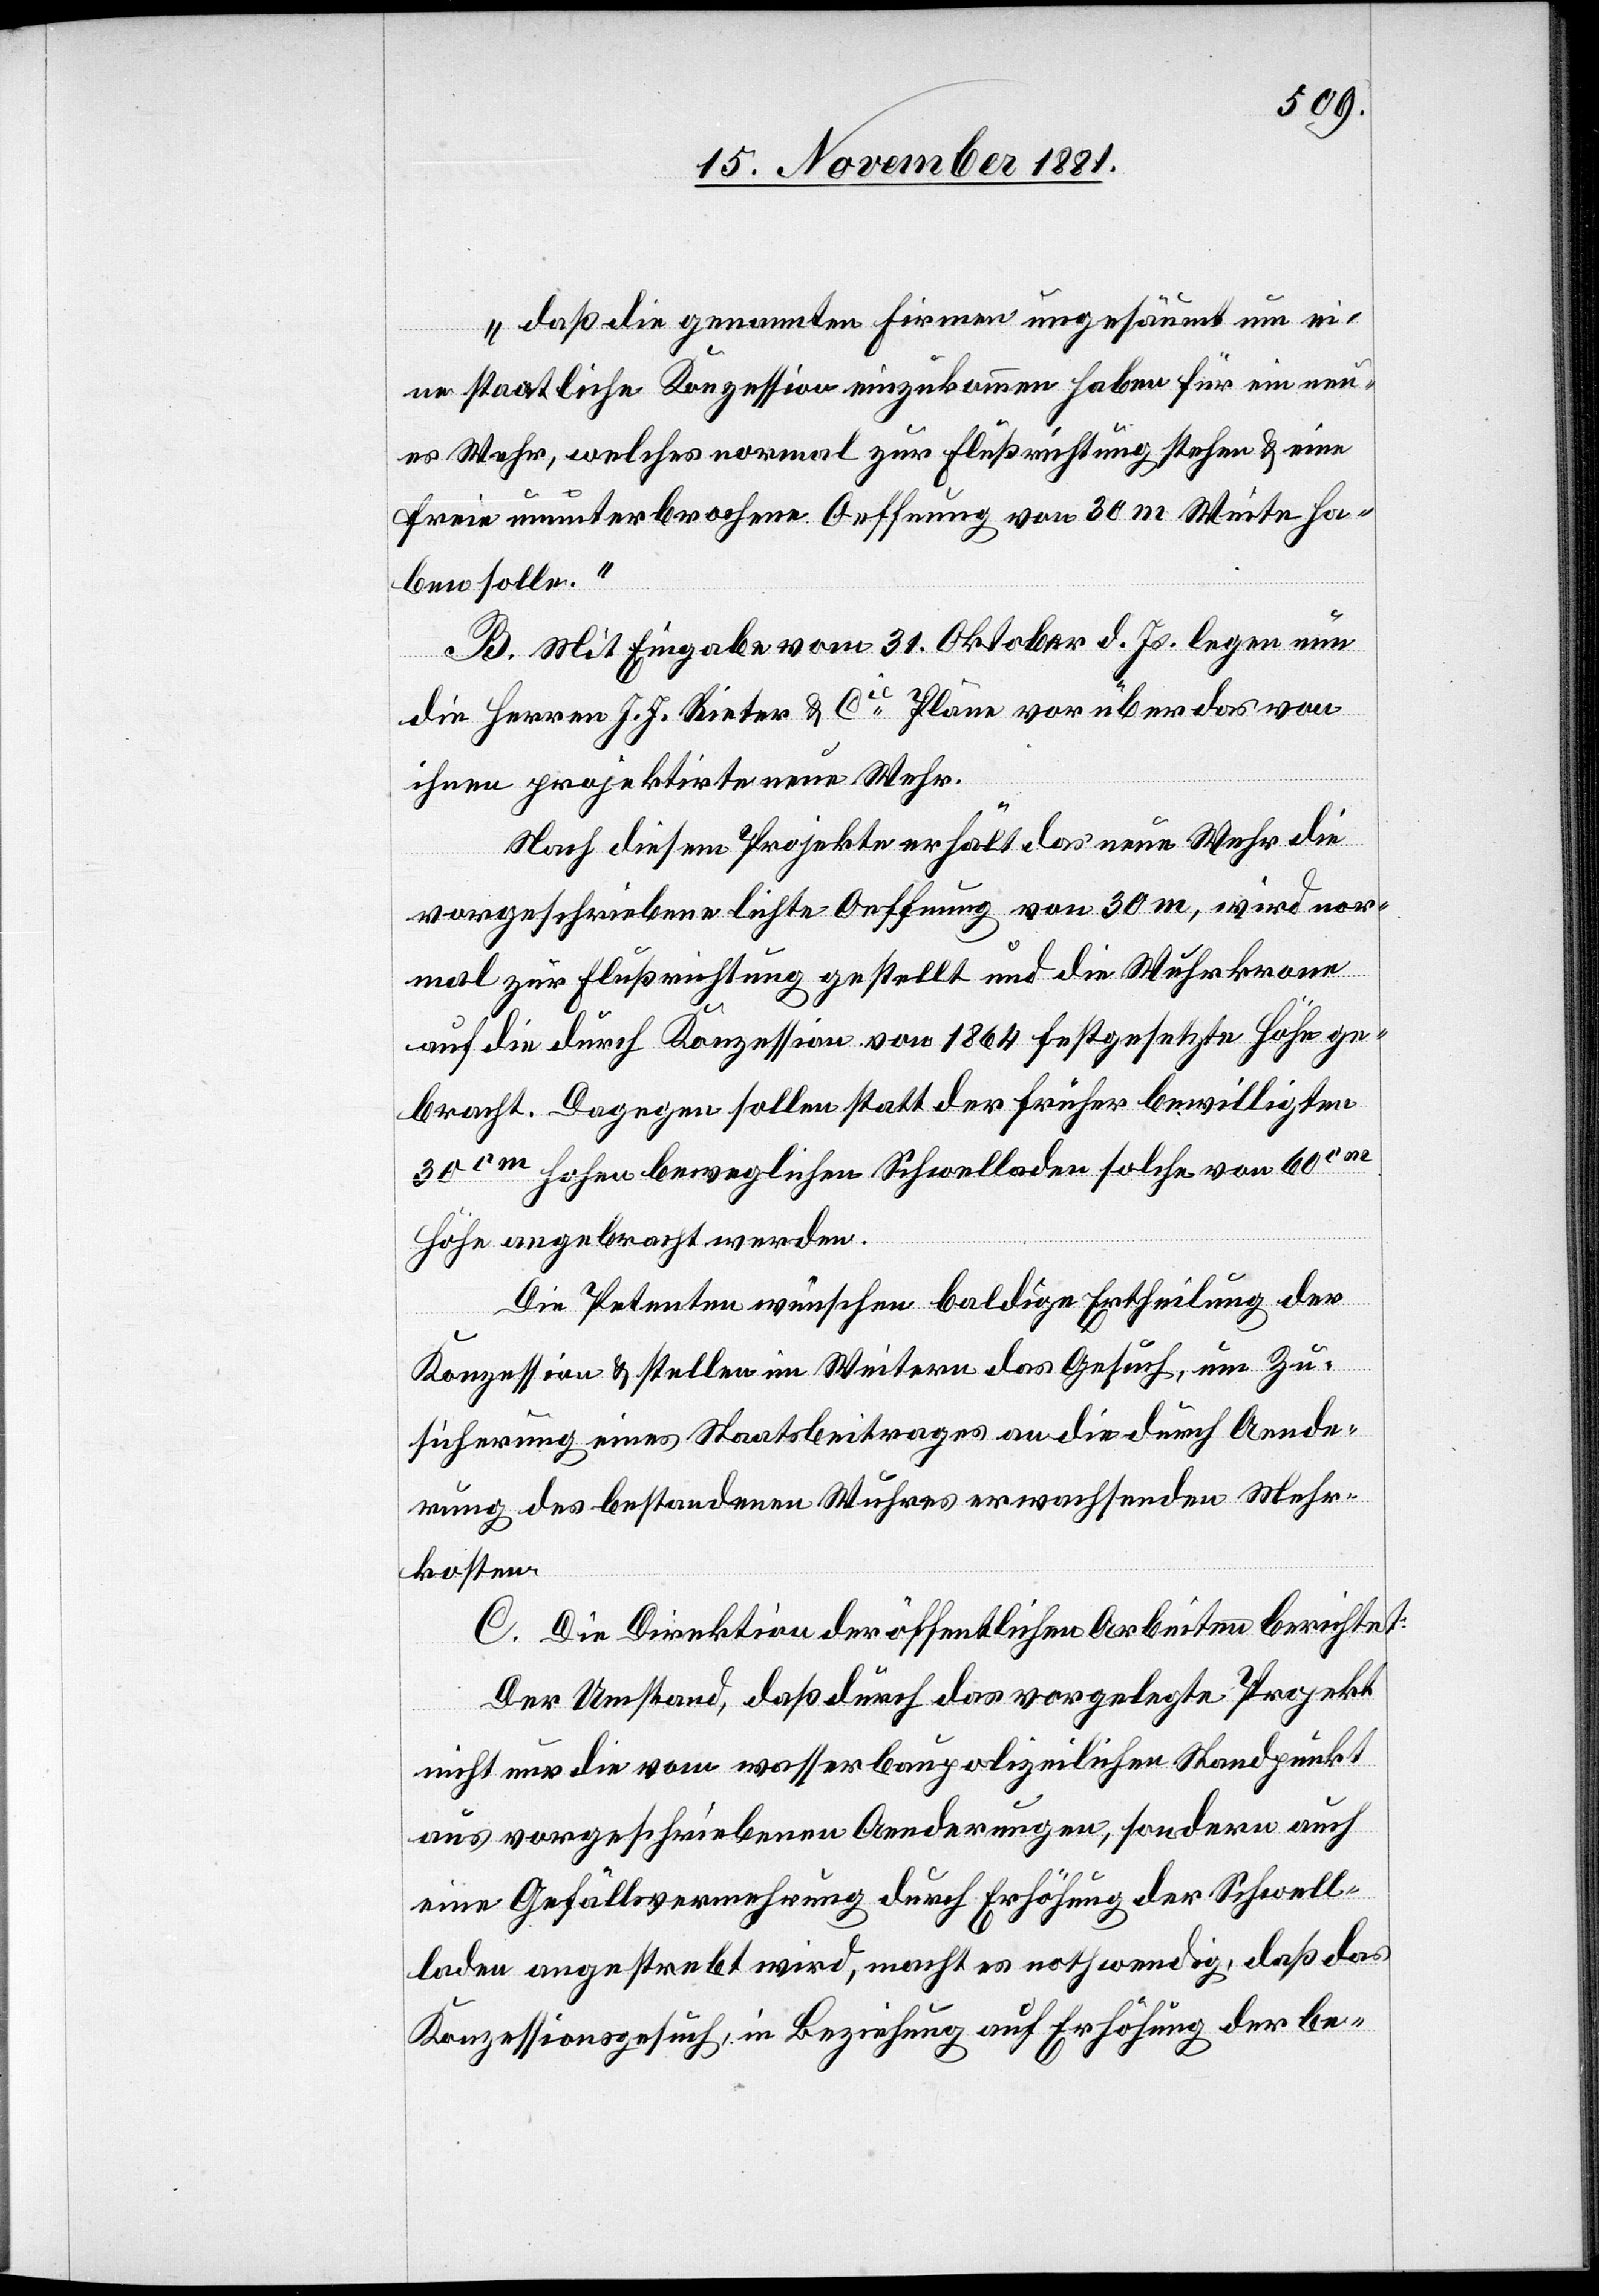
„daß die genannten Firmen ungesäumt um ei¬
ne staatliche Konzession einzukommen haben für ein neu¬
es Wehr, welches normal zur Flußrichtung stehen & eine
freie ununterbrochene Oeffnung von 30 m Weite ha¬
ben solle.“
B. Mit Eingabe vom 31. Oktober d. Js. legen nun
die Herren J. J. Rieter & Cie Pläne vor über das von
ihnen projektirte neue Wehr.
Nach diesem Projekte erhält das neue Wehr die
vorgeschriebene lichte Oeffnung von 30 m, wird nor¬
mal zur Flußrichtung gestellt und die Wuhrkrone
auf die durch Konzession von 1864 festgesetzte Höhe ge¬
bracht. Dagegen sollen statt der früher bewilligten
30cm hohen beweglichen Schwellbretter solche von 60cm
Höhe angebracht werden.
Die Petenten wünschen baldige Ertheilung der
Konzession & stellen im Weitern das Gesuch, um Zu¬
sicherung eines Staatsbeitrages an die durch Aende¬
rung des bestehenden Wuhres erwachsenden Mehr¬
kosten.
C. Die Direktion der öffentlichen Arbeiten berichtet:
Der Umstand, daß durch das vorgelegte Projekt
nicht nur die vom wasserbaupolizeilichen Standpunkt
aus vorgeschriebenen Aenderungen, sondern auch
eine Gefällsvermehrung durch Erhöhung der Schwell¬
laden angestrebt wird, macht es nothwendig, daß das
Konzessionsgesuch, in Beziehung auf Erhöhung der be-